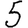
Digit: 5